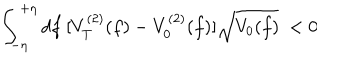
\int _ { - \eta } ^ { + \eta } d f ~ [ V _ { T } ^ { ( 2 ) } ( f ) - V _ { 0 } ^ { ( 2 ) } ( f ) ] \sqrt { V _ { 0 } ( f ) } ~ < 0